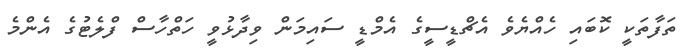
ތަފާތަކީ ކޮބައި ހެއްޔެވެ އެޗްޑީސީގެ އެމްޑީ ސައިމަން ވިދާޅުވީ ހަތްހާސް ފްލެޓުގެ އެންމެ